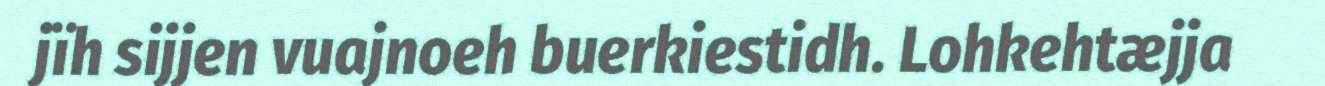
jïh sijjen vuajnoeh buerkiestidh. Lohkehtæjja